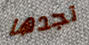
تجدها